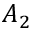
A _ { 2 }